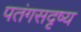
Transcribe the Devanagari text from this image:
पतंगसदृष्य